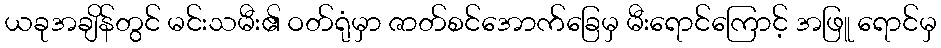
ယခုအချိန်တွင် မင်းသမီး၏ ဝတ်ရုံမှာ ဇာတ်စင်အောက်ခြေမှ မီးရောင်ကြောင့် အဖြူ ရောင်မှ